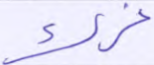
غرك